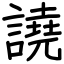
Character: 譊